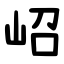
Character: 岹